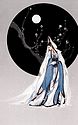
君行逾十年，孤妾常独栖。